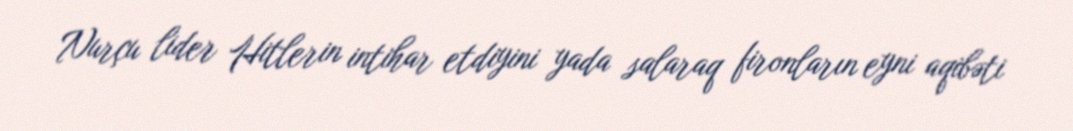
Nurçu lider Hitlerin intihar etdiyini yada salaraq fironların eyni aqibəti